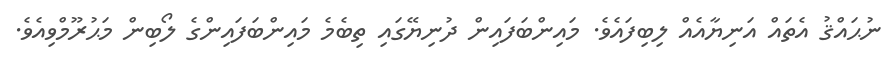
ނުޙައްޤު އެތައް އަނިޔާއެއް ލިބިފައެވެ. މައިންބަފައިން ދުނިޔޭގައި ތިބެމެ މައިންބަފައިންގެ ލޯބިން މަޙުރޫމްވިއެވެ.